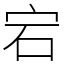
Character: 宕